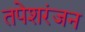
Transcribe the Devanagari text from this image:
तपेशरंजन